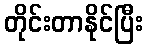
တိုင်းတာနိုင်ပြီး